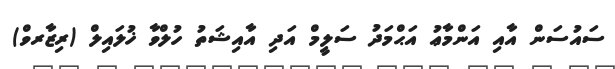
ސައުސަން އާއި އަންމާޢު އަޙްމަދު ސަލީމް އަދި އާއިޝަތު ހުލްވާ ޚުލައިލް (ރިޒާރވް)